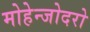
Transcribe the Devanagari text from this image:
मोहेन्जोदरो